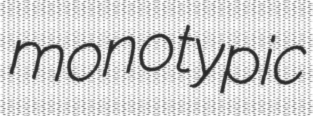
monotypic